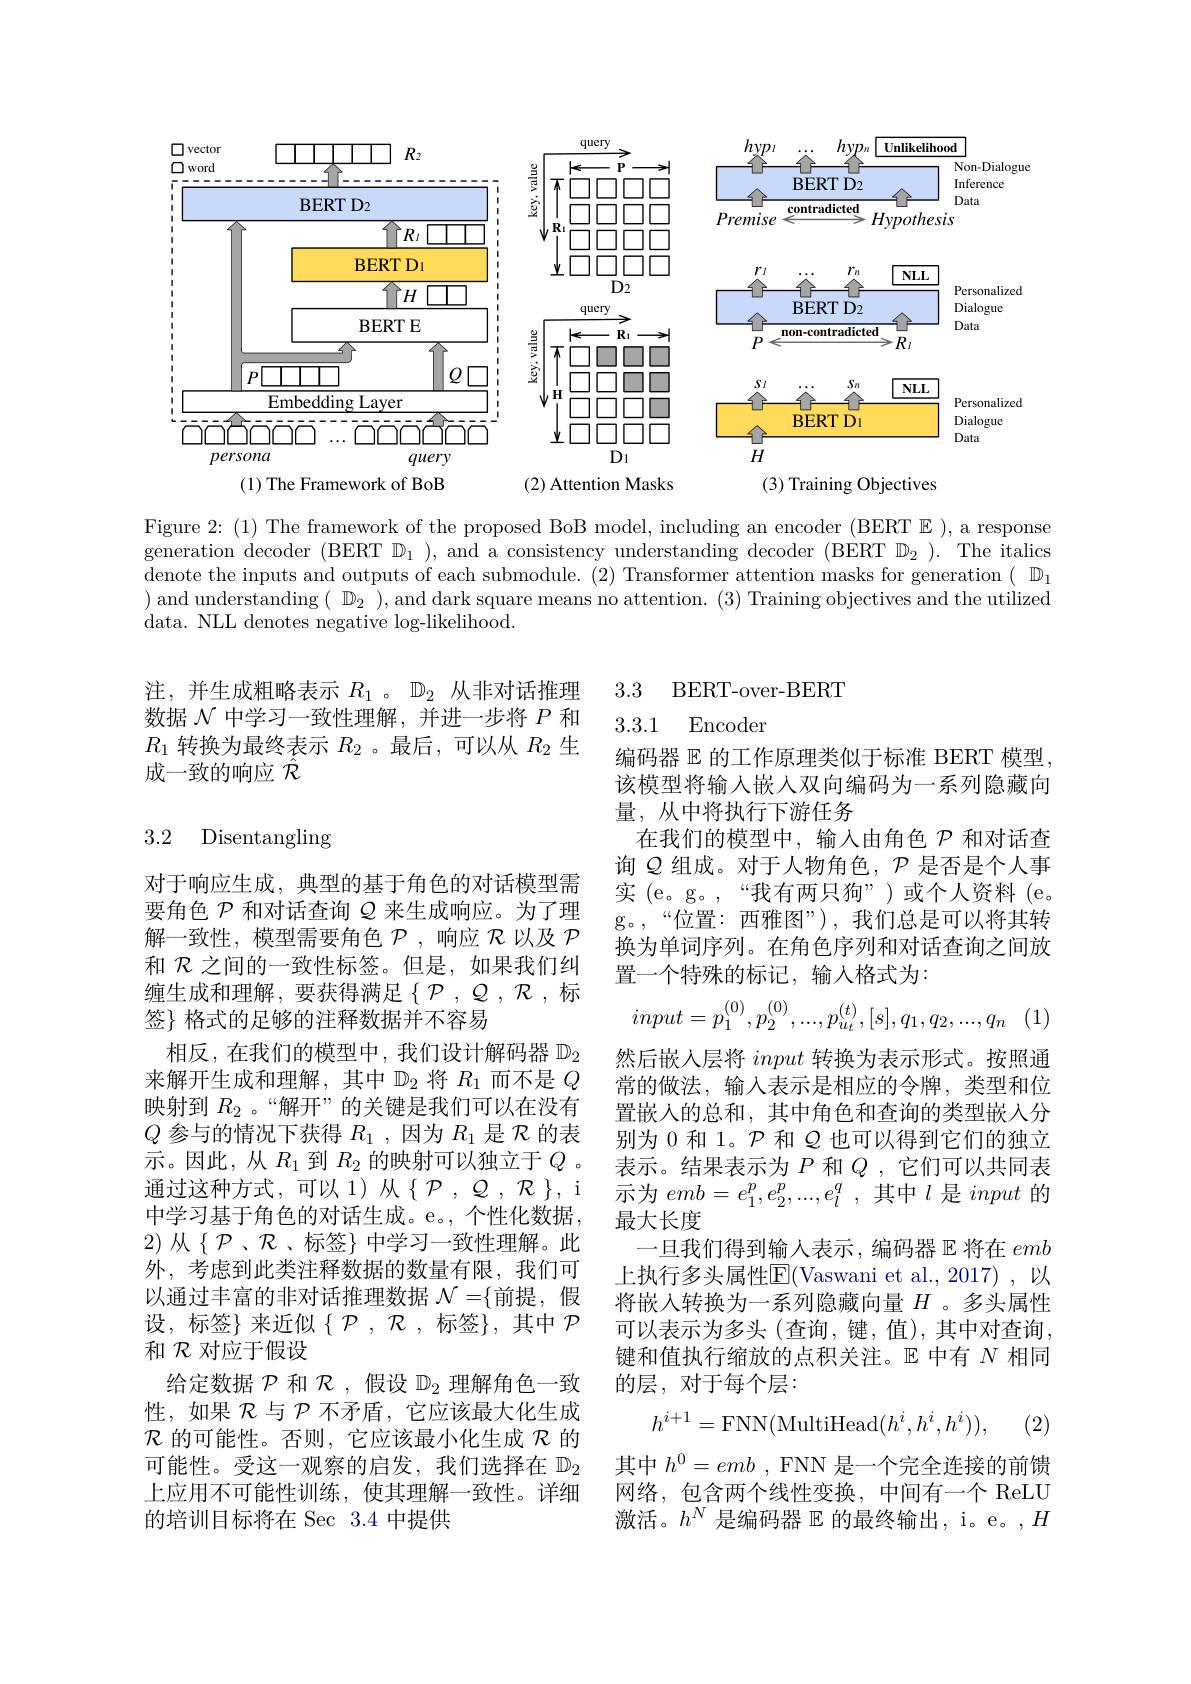
query

口口口口

$\mathbf{R}_{1}$

$\square\square\square\square\square\square$

$\pm\square\square\square\square\square\square$

$D_2$

$\begin{array}{c}{\frac{9}{5}}\\{\frac{9}{5}}\\{\frac{5}{5}}\end{array}$
<FigureHere>
$\begin{array}{c}{\frac{9}{5}}\\{\frac{3}{5}}\\{\frac{2}{5}}\\{\frac{4}{5}}\end{array}$

<FigureHere>
(3) Training Objectives

query

$R_1$

1177

上口口口口

$D_1$

(1) The Framework of BoB

(2) Attention Masks

Figure 2: (1) The framework generation decoder (BERT denote the inputs and output ) and understanding $(\begin{array}{cc}\end{array}$ data. NLL denotes negative log-likelihood.

### 3.3 BERT-over-BERT

注，并生成粗略表示$R_1$ 。$\mathbb{D}_2$从数据$\mathcal{N}$中学习一致性理解，并进一步将$P$和$R_1$转换为最终表示$R_2$ 。最后，可以从 成一致的响应$\mathcal{R}$

## 3.2 Disentangling

3.3.1 Encoder
编码器$\mathbb{E}$的工作原理类似于标准 BERT 模型该模型将输入嵌入双向编码为一系列隐藏向量，从中将执行下游任务
在我们的模型中，输入由角色$\mathcal{P}$和对话查询$\varrho$组成。对于人物角色，$\mathcal{P}$是否是个人事实 (e。g。,“我有两只狗”)或个人资料(e。g。,“位置：西雅图”),我们总是可以将其转换为单词序列。在角色序列和对话查询之间放置一个特殊的标记，输入格式为：
$$input=p_1^{(0)},p_2^{(0)},...,p_{u_t}^{(t)},[s],q_1,q_2,...,q_n$$
对于响应生成，典型的基于角色的对话模型需要角色$\mathcal{P}$和对话查询$\mathcal{Q}$来生成响应。为了理解一致性，模型需要角色$\mathcal{P}$ ,响应$\mathcal{R}$以及$\mathcal{P}$ 和$\mathcal{R}$之间的一致性标签。但是，如果我们纠缠生成和理解，要获得满足$\left\{\mathcal{P},\mathcal{Q},\mathcal{R},\text{标}\right\}$ 签} 格式的足够的注释数据并不容易
相反，在我们的模型中，我们设计解码器$\mathbb{D}_2$ 来解开生成和理解，其中$\mathbb{D}_2$将$R_1$而不是$Q$ 映射到$R_{2}$ 。“解开”的关键是我们可以在没有$Q$参与的情况下获得$R_1$,因为$R_1$是$\mathcal{R}$的表示。因此，从$R_1$到$R_2$的映射可以独立于$Q$ 。通过这种方式，可以 1)从$\{\mathcal{P},\mathcal{Q},\mathcal{R}$ 中学习基于角色的对话生成。e。,个性化数据， 2) 从$\{\mathcal{P}$、$\mathcal{R}$、标签$\}$ 中外，考虑到此类注释数据的数量有限，我们可以通过丰富的非对话推理数据 $\mathcal{N}=\{$前提，假设，标签}来近似$\left\{\mathcal{P},\mathcal{R},\text{标签}\right\}$, 和$\mathcal{R}$对应于假设
给定数据$\mathcal{P}$和$\mathcal{R}$,假设$\mathbb{}$ 性，如果$\mathcal{R}$与$\mathcal{P}$不矛盾，它应该最大化生成$\mathcal{R}$的可能性。否则，它应该最小化生成可能性。受这一观察的启发，我们选择在$\mathbb{D}_2$ 上应用不可能性训练，使其理解一致性。详细的培训目标将在 Sec 3.4 中提供

然后嵌入层将input转换为表示形式。按照通常的做法，输入表示是相应的令牌，类型和位置嵌入的总和，其中角色和查询的类型嵌入分别为 0 和 1。$\mathcal{P}$和$\mathcal{Q}$也可以得到它们的独立表示。结果表示为$P$和$Q$ ,它们可以共同表示为$emb=e_1^p,e_2^p,...,e_l^q$,其中$l$是input的最大长度
一旦我们得到输人表示，编码器$\mathbb{E}$将在$em$ 上执行多头属性$\overline{\mathrm{E}}($Vaswani et al.,2017),以将嵌入转换为一系列隐藏向量$H$ 。多头属性可以表示为多头(查询，键，值),其中对查询， 键和值执行缩放的点积关注。$\mathbb{E}$中有$N$相同的层，对于每个层：
$$h^{i+1}=\mathrm{FNN}(\mathrm{MultiHead}(h^i,h^i,h^i)),$$
(2)

其中$h^0=emb$ , FNN 是一个完全连接的前网络，包含两个线性变换，中间有一个 ReLU 激活。$h^N$是编码器$\mathbb{E}$的最终输出，i。e。$,H$